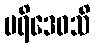
ပရိဒေဝသိ